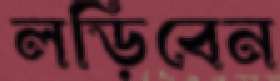
লড়িবেন